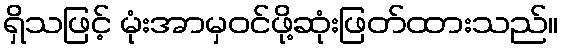
ရှိသဖြင့် မုံးအာမှဝင်ဖို့ဆုံးဖြတ်ထားသည်။